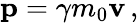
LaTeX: \mathbf{p}=\gamma m_{0}\mathbf{v}\, ,